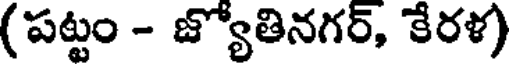
(పట్టం - జ్యోతినగర్, కేరళ)